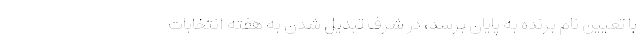
با تعیین نام برنده به پایان برسد، در شرف تبدیل شدن به هفته انتخابات